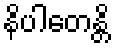
နိပါတေန္တိ